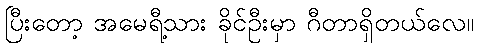
ပြီးတော့ အမေရီ့သား ခိုင်ဦးမှာ ဂီတာရှိတယ်လေ။